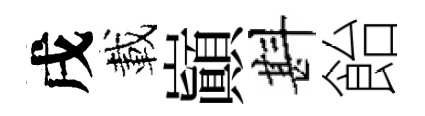
戌載巔斟飴